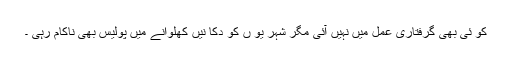
کو ئی بھی گرفتاری عمل میں نہیں آئی مگر شہر یو ں کو دکا نیں کھلوانے میں پولیس بھی ناکام رہی ۔